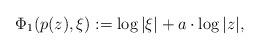
LaTeX: \begin{align*}\Phi_1(p(z), \xi) := \log|\xi|+a\cdot \log|z|, \end{align*}